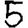
Digit: 5